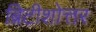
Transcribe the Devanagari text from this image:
ब्रिटीशोत्तर